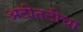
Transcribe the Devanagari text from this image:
अटीतटीचा